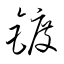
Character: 鍍